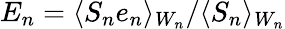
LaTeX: E_{n}=\langle S_{n}e_{n}\rangle_{W_{n}}/\langle S_{n}\rangle_{W_{n}}